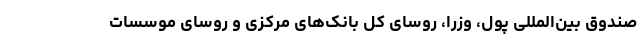
صندوق بین‌المللی پول، وزرا، روسای کل بانک‌های مرکزی و روسای موسسات